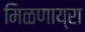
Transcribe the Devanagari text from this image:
मिळणाय्रा